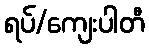
ရပ်/ကျေးပါတီ